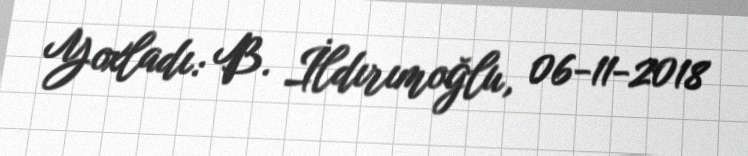
Yoxladı: B. İldırımoğlu, 06-11-2018